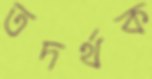
তদর্থক